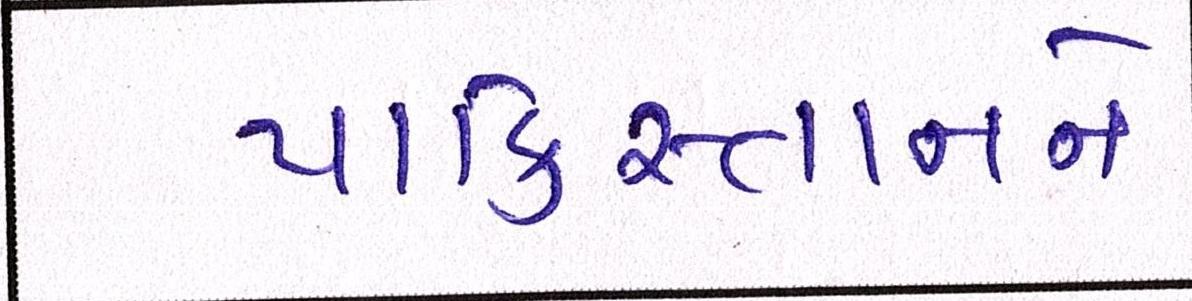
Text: પાકિસ્તાનને